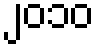
၂၀၁၀